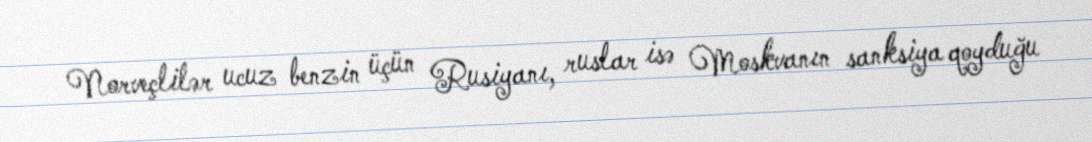
Norveçlilər ucuz benzin üçün Rusiyanı, ruslar isə Moskvanın sanksiya qoyduğu